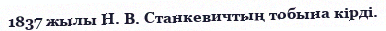
1837 жылы Н. В. Станкевичтың тобына кірді.